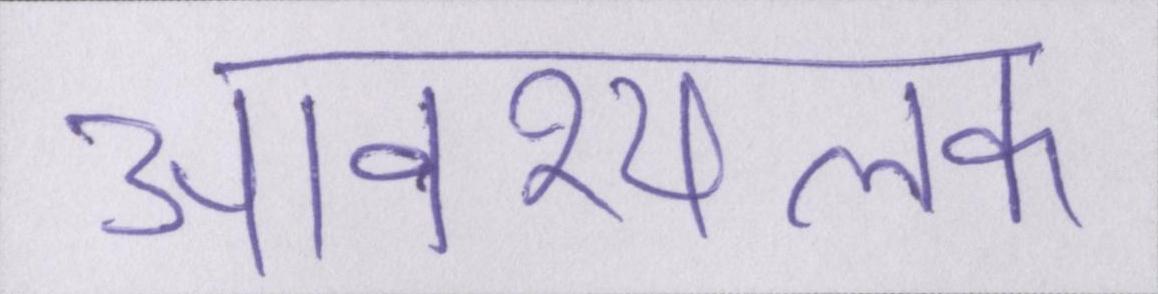
आवश्यलक